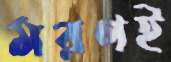
মরণই